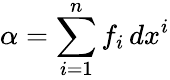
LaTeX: \alpha=\sum_{i=1}^{n}f_{i}\, dx^{i}